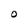
Character: O